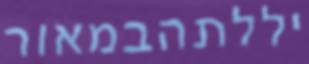
יללתהבמאור